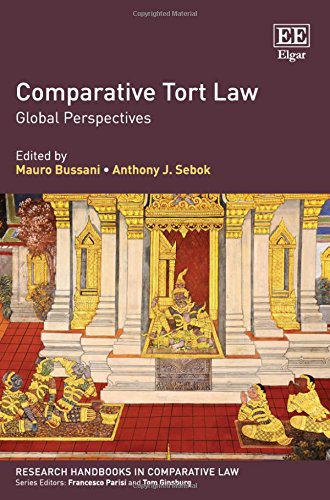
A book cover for Comparative Tort Law: Global Perspectives (Research Handbooks in Comparative Law Series) (Elgar Original Reference); Mauro Bussani; Law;